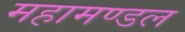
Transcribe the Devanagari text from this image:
महामण्‍डल